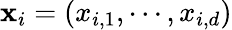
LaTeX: {\mathbf x}_{i}=\left(x_{i,1},\cdots,x_{i,d}\right)